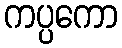
ကပ္ပကော